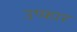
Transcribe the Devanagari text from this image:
उप्फार